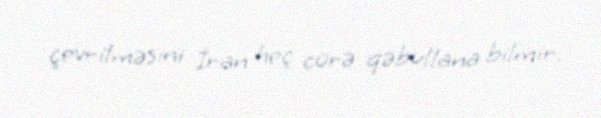
çevrilməsini İran heç cürə qəbullana bilmir.